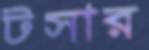
টসার